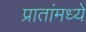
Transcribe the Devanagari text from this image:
प्रातांमध्ये